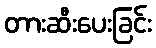
တားဆီးပေးခြင်း